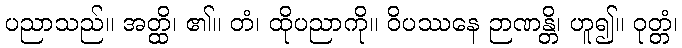
ပညာသည်။ အတ္ထိ၊ ၏။ တံ၊ ထိုပညာကို။ ဝိပဿနေ ဉာဏန္တိ၊ ဟူ၍။ ဝုတ္တံ၊